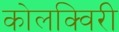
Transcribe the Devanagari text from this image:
कोलक्विरी